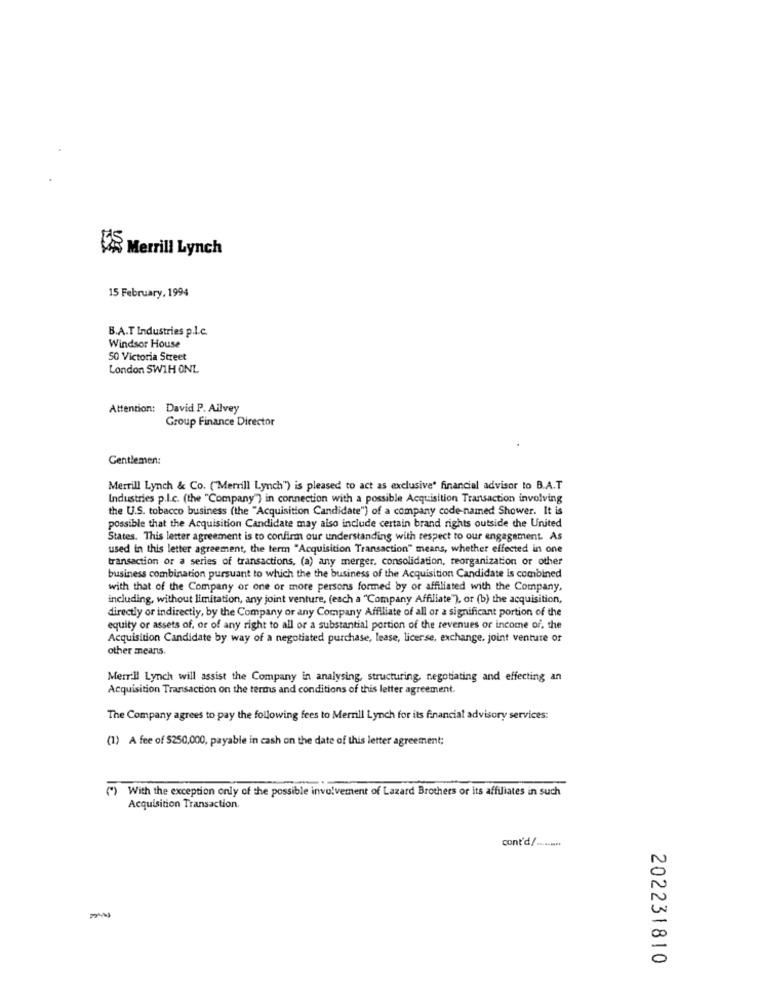
Merrill Lynch
15 February, 1994
B.A.T Industries p.l.c.
Windsor House
50 Victoria Street
London SW1H ONL
Attention:
David P. Ailvey
Group Finance Director
Gentlemen:
Merrill Lynch & Co. ("Merrill Lynch") is pleased to act as exclusive' financial advisor to B.A.T
Industries p.I.c. (the "Company") in connection with a possible Acquisition Transaction involving
the U.S. tobacco business (the "Acquisition Candidate") of a company code-named Shower. It is
possible that the Acquisition Candidate may also include certain brand rights outside the United
States. This letter agreement is to confirm our understanding with respect to our engagement. As
used in this letter agreement, the term "Acquisition Transaction" means, whether effected in one
transaction or a series of transactions, (a) any merger. consolidation, reorganization or other
business combination pursuant to which the the business of the Acquisition Candidate is combined
with that of the Company or one or more persons formed by or affiliated with the Company,
including, without limitation, any joint venture, (each a "Company Affiliate"), or (b) the acquisition,
directly or indirectly, by the Company or any Company Affiliate of all or a significant portion of the
equity or assets of, or of any right to all or a substantial portion of the revenues or income of, the
Acquisition Candidate by way of a negotiated purchase, lease, licerse, exchange, joint venture of
other means.
Merrill Lynch will assist the Company in analysing, structuring, negotiating and effecting an
Acquisition Transaction on the terms and conditions of this letter agreement.
The Company agrees to pay the following fees to Merrill Lynch for its financial advisory services:
(1) A fee of $250,000, payable in cash on the date of this letter agreement;
(*) With the exception only of the possible involvement of Lazard Brothers or its affiliates in such
Acquisition Transaction
cont'd. ......
N
0
202231810